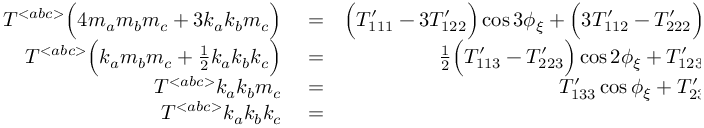
\begin{array} { r l r } { { \cal T } { } ^ { < a b c > } \Big ( 4 m _ { a } m _ { b } m _ { c } + 3 k _ { a } k _ { b } m _ { c } \Big ) } & { { } = } & { \Big ( { \cal T } _ { 1 1 1 } ^ { \prime } - 3 { \cal T } _ { 1 2 2 } ^ { \prime } \Big ) \cos 3 \phi _ { \xi } + \Big ( 3 { \cal T } _ { 1 1 2 } ^ { \prime } - { \cal T } _ { 2 2 2 } ^ { \prime } \Big ) \sin 3 \phi _ { \xi } , } \\ { { \cal T } { } ^ { < a b c > } \Big ( k _ { a } m _ { b } m _ { c } + { \textstyle \frac { 1 } { 2 } } k _ { a } k _ { b } k _ { c } \Big ) } & { { } = } & { { \textstyle \frac { 1 } { 2 } } \Big ( { \cal T } _ { 1 1 3 } ^ { \prime } - { \cal T } _ { 2 2 3 } ^ { \prime } \Big ) \cos 2 \phi _ { \xi } + { \cal T } _ { 1 2 3 } ^ { \prime } \sin 2 \phi _ { \xi } , } \\ { { \cal T } { } ^ { < a b c > } k _ { a } k _ { b } m _ { c } } & { { } = } & { { \cal T } _ { 1 3 3 } ^ { \prime } \cos \phi _ { \xi } + { \cal T } _ { 2 3 3 } ^ { \prime } \sin \phi _ { \xi } , } \\ { { \cal T } { } ^ { < a b c > } k _ { a } k _ { b } k _ { c } } & { { } = } & { { \cal T } _ { 3 3 3 } ^ { \prime } . } \end{array}